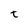
Character: t